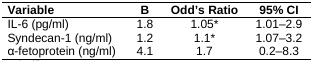
<table><thead><tr><td><b>Variable</b></td><td><b>B</b></td><td><b>Odd’s Ratio</b></td><td><b>95% CI</b></td></tr></thead><tbody><tr><td>IL-6 (pg/ml)</td><td>1.8</td><td>1.05*</td><td>1.01–2.9</td></tr><tr><td>Syndecan-1 (ng/ml)</td><td>1.2</td><td>1.1*</td><td>1.07–3.2</td></tr><tr><td>α-fetoprotein (ng/ml)</td><td>4.1</td><td>1.7</td><td>0.2–8.3</td></tr></tbody></table>